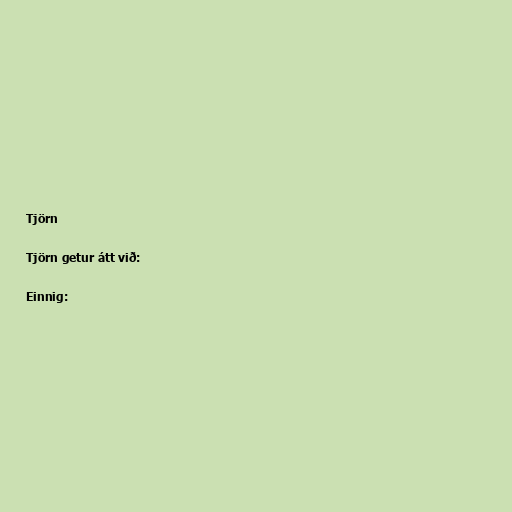
Tjörn

Tjörn getur átt við:

Einnig: